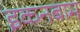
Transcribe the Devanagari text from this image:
इकनबाम